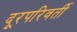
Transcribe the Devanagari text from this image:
दूरपरिवर्ती